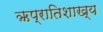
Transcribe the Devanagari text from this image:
ऋप्रातिशाख्य